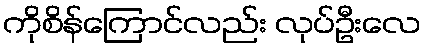
ကိုစိန်ကြောင်လည်း လုပ်ဦးလေ